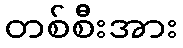
တစ်စီးအား